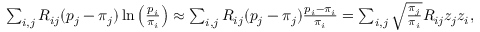
\begin{array} { r } { \sum _ { i , j } R _ { i j } ( p _ { j } - \pi _ { j } ) \ln \left( \frac { p _ { i } } { \pi _ { i } } \right) \approx \sum _ { i , j } R _ { i j } ( p _ { j } - \pi _ { j } ) \frac { p _ { i } - \pi _ { i } } { \pi _ { i } } = \sum _ { i , j } \sqrt { \frac { \pi _ { j } } { \pi _ { i } } } R _ { i j } z _ { j } z _ { i } , } \end{array}